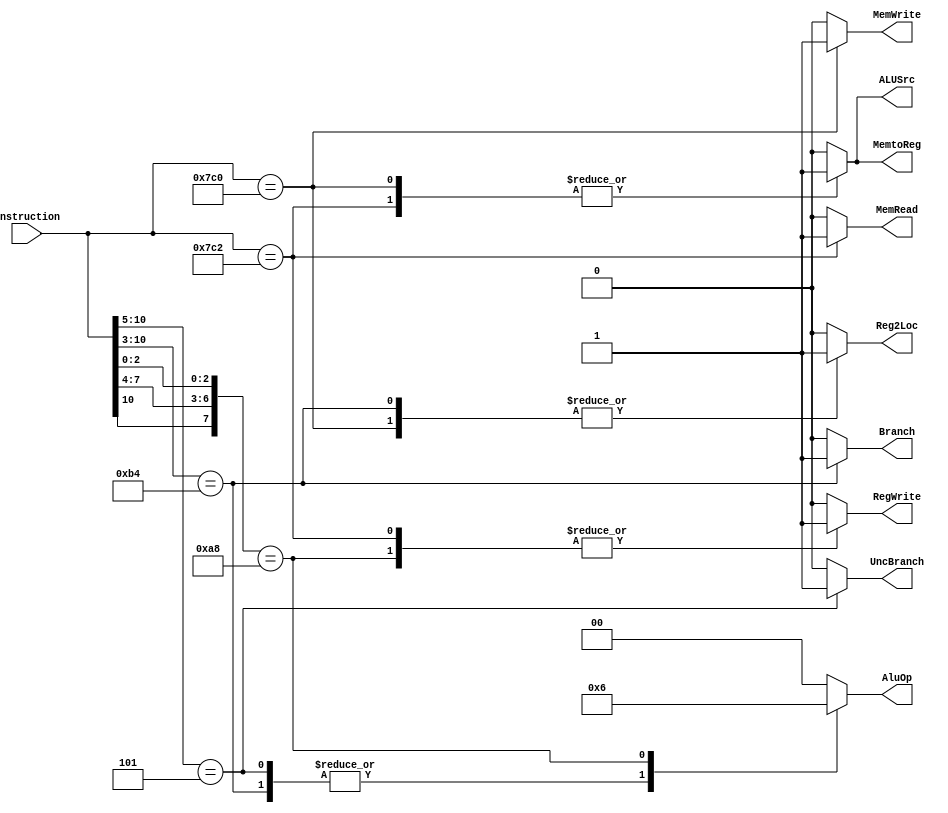
module control_unit (
Instruction,
Reg2Loc, 
ALUSrc, 
MemtoReg, 
RegWrite,
MemRead,
MemWrite,
Branch, 
UncBranch,
AluOp);

input wire [10:0] Instruction;
output reg Reg2Loc, ALUSrc, MemtoReg, RegWrite, MemRead, MemWrite, Branch, UncBranch;
output reg [1:0] AluOp;

always @ (Instruction) begin 

	casex (Instruction)
	
		11'b11111000010: begin //LDUR
		
			Reg2Loc <= 0;
			ALUSrc <= 1;
			MemtoReg <= 1;
			RegWrite <= 1;
			MemRead <= 1;
			MemWrite <= 0;
			Branch <= 0;
			UncBranch <= 0;
			AluOp <= 'b00;
			
		end
		
		11'b11111000000: begin //STUR
		
			Reg2Loc <= 1;
			ALUSrc <= 1;
			MemtoReg <= 1;
			RegWrite <= 0;
			MemRead <= 0;
			MemWrite <= 1;
			Branch <= 0;
			UncBranch <= 0;
			AluOp <= 'b00;
			
		end
		
		11'b10110100xxx: begin  //CBZ
		
			Reg2Loc <= 1;
			ALUSrc <= 0;
			MemtoReg <= 0;
			RegWrite <= 0;
			MemRead <= 0;
			MemWrite <= 0;
			Branch <= 1;
			UncBranch <= 0;
			AluOp <= 'b01;
			
		end
		
		11'b000101xxxxx: begin //Branch
		
			Reg2Loc <= 0;
			ALUSrc <= 0;
			MemtoReg <= 0;
			RegWrite <= 0;
			MemRead <= 0;
			MemWrite <= 0;
			Branch <= 0;
			UncBranch <= 1;
			AluOp <= 'b01;
			
		end
		
		11'b1xx0101x000: begin //R Type
		
			Reg2Loc <= 0;
			ALUSrc <= 0;
			MemtoReg <= 0;
			RegWrite <= 1;
			MemRead <= 0;
			MemWrite <= 0;
			Branch <= 0;
			AluOp <= 'b10;
			UncBranch <= 0;
			
		end
	
		default: begin

				Reg2Loc <= 0;
				ALUSrc <= 0;
				MemtoReg <= 0;
				RegWrite <= 0;
				MemRead <= 0;
				MemWrite <= 0;
				Branch <= 0;
				AluOp <= 0;
				UncBranch <= 0;
		end

	endcase
	
end
endmodule